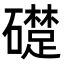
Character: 𥗈